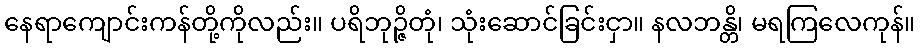
နေရာကျောင်းကန်တို့ကိုလည်း။ ပရိဘုဉ္ဇိတုံ၊ သုံးဆောင်ခြင်းငှာ။ နလဘန္တိ၊ မရကြလေကုန်။